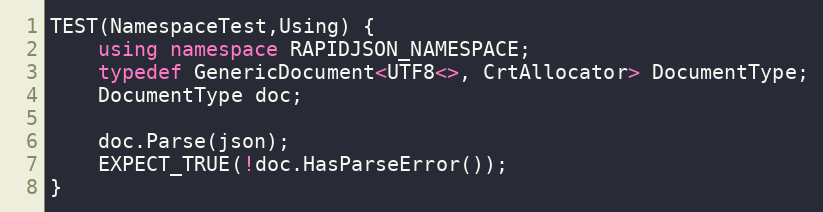
Language: C++
TEST(NamespaceTest,Using) {
    using namespace RAPIDJSON_NAMESPACE;
    typedef GenericDocument<UTF8<>, CrtAllocator> DocumentType;
    DocumentType doc;

    doc.Parse(json);
    EXPECT_TRUE(!doc.HasParseError());
}